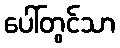
ပေါ်တွင်သာ